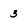
Character: 3